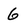
Character: 6